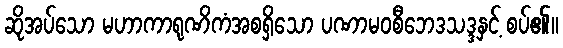
ဆိုအပ်သော မဟာကာရုဏိကံအစရှိသော ပဏာမဝစီဘေဒသဒ္ဒနှင့် စပ်၏။